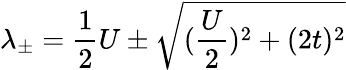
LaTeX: \lambda_{\pm}=\frac{1}{2}U\pm\sqrt{(\frac{U}{2})^{2}+(2t)^{2}}